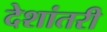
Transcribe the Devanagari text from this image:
देशांतरी